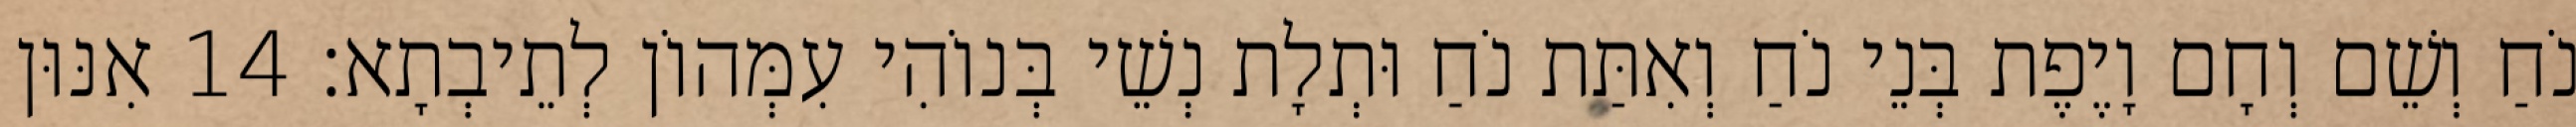
נֹחַ וְשֵׁם וְחָם וָיֶפֶת בְּנֵי נֹחַ וְאִתַּת נֹחַ וּתְלָת נְשֵׁי בְּנוֹהִי עִמְּהוֹן לְתֵיבְתָא׃ 14 אִנּוּן